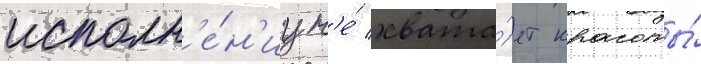
исполн'е́н'иу н'е́ хвата́ет красоты́